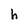
Character: h